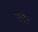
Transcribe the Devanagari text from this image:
क्टेव